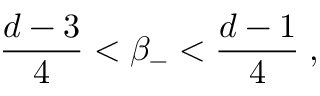
\frac { d - 3 } { 4 } < \beta _ { - } < \frac { d - 1 } { 4 } \; ,